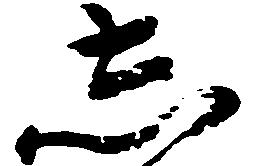
し